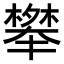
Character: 𭬑